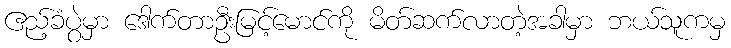
ဧည့်ခံပွဲမှာ ဒေါက်တာဦးမြင့်မောင်ကို မိတ်ဆက်လာတဲ့အခါမှာ ဘယ်သူကမှ